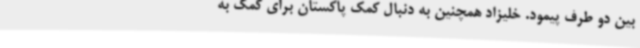
بین دو طرف پیمود. خلیزاد همچنین به دنبال کمک پاکستان برای کمک به